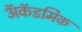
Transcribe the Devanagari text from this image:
अॅकॅडमिक